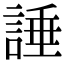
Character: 諈